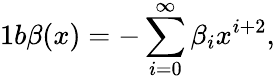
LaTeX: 1b\beta(x)=-\sum_{i=0}^{\infty}\beta_{i}x^{i+2},